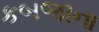
કબજાના